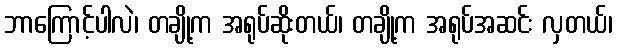
ဘာကြောင့်ပါလဲ၊ တချို့က အရုပ်ဆိုးတယ်၊ တချို့က အရုပ်အဆင်း လှတယ်၊